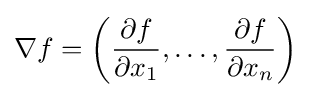
\nabla f=\left({\frac {\partial f}{\partial x_{1}}},\dots ,{\frac {\partial f}{\partial x_{n}}}\right)